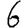
Digit: 6